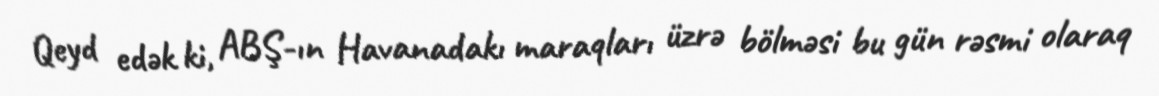
Qeyd edək ki, ABŞ-ın Havanadakı maraqları üzrə bölməsi bu gün rəsmi olaraq